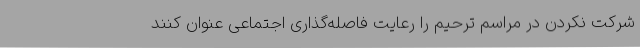
شرکت نکردن در مراسم ترحیم را رعایت فاصله‌گذاری اجتماعی عنوان کنند